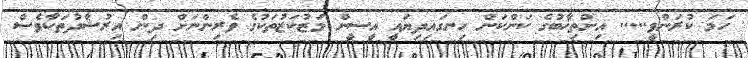
ހަމަ ކުރަންވީ..... އިންތިޚާބުގެ ކަންކަން ހިނގައިދިޔައީ އީސީން މަޒުކަޒުތަކުގެ ވެރިންނަށް ދިން އިރުޝާދުތަކާވެސް